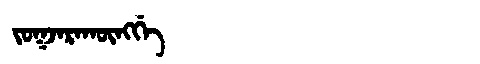
Manchu: ᠵᠣᡴᠵᠠᡵᠠᡴᡡᠩᡤᡝ
Romanization: JOKJARAKŪNGGE